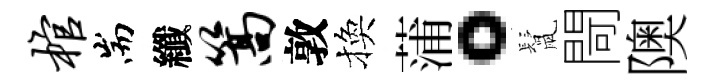
棺耑纖篙敦換蒲。鬛閜隩